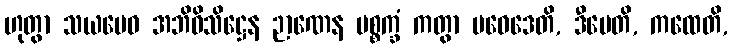
ဟုတွာ သယမေဝ အဘိဝိသိဋ္ဌေန ဉာဏေန ပစ္စက္ခံ ကတွာ ပဝေဒေတိ, ဒီပေတိ, ကထေတိ,